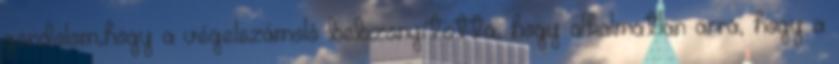
gondolom,hogy a végelszámoló bebizonyította, hogy alkalmatlan arra, hogy a